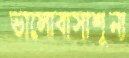
ভালোবাসাশূন্য